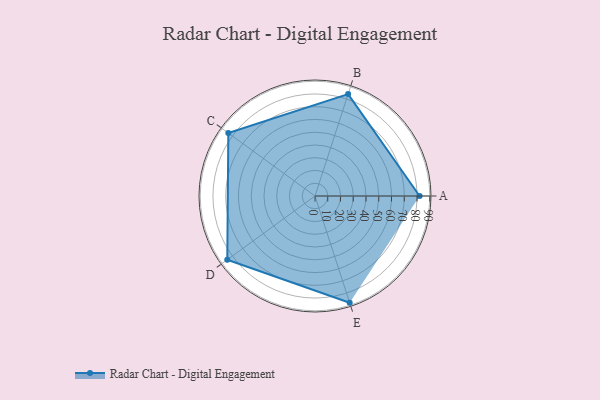
{"axis": {"x": "Skill", "y": "Score"}, "legend": ["Profile"], "data": [{"x": "A", "y": 82.0, "type": "Profile"}, {"x": "B", "y": 84.0, "type": "Profile"}, {"x": "C", "y": 84.0, "type": "Profile"}, {"x": "D", "y": 85.0, "type": "Profile"}, {"x": "E", "y": 88.0, "type": "Profile"}]}